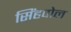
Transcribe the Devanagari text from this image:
सिंहपोल